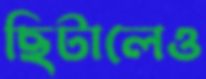
ছিটালেও